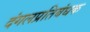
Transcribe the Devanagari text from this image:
दंगलप्रतिबंधक